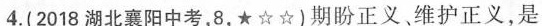
4.(2018湖北襄阳中考，8，★☆☆)期盼正义维护正义，是